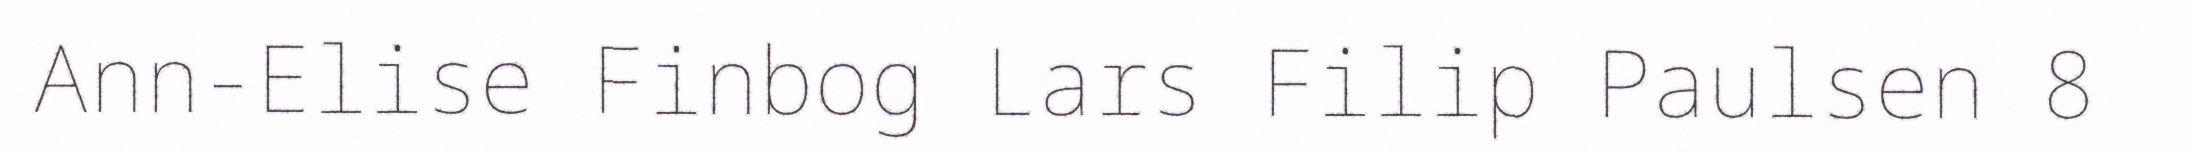
Ann-Elise Finbog Lars Filip Paulsen 8